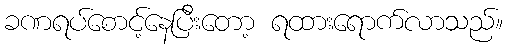
ခဏရပ်စောင့်နေပြီးတော့ ရထားရောက်လာသည်။